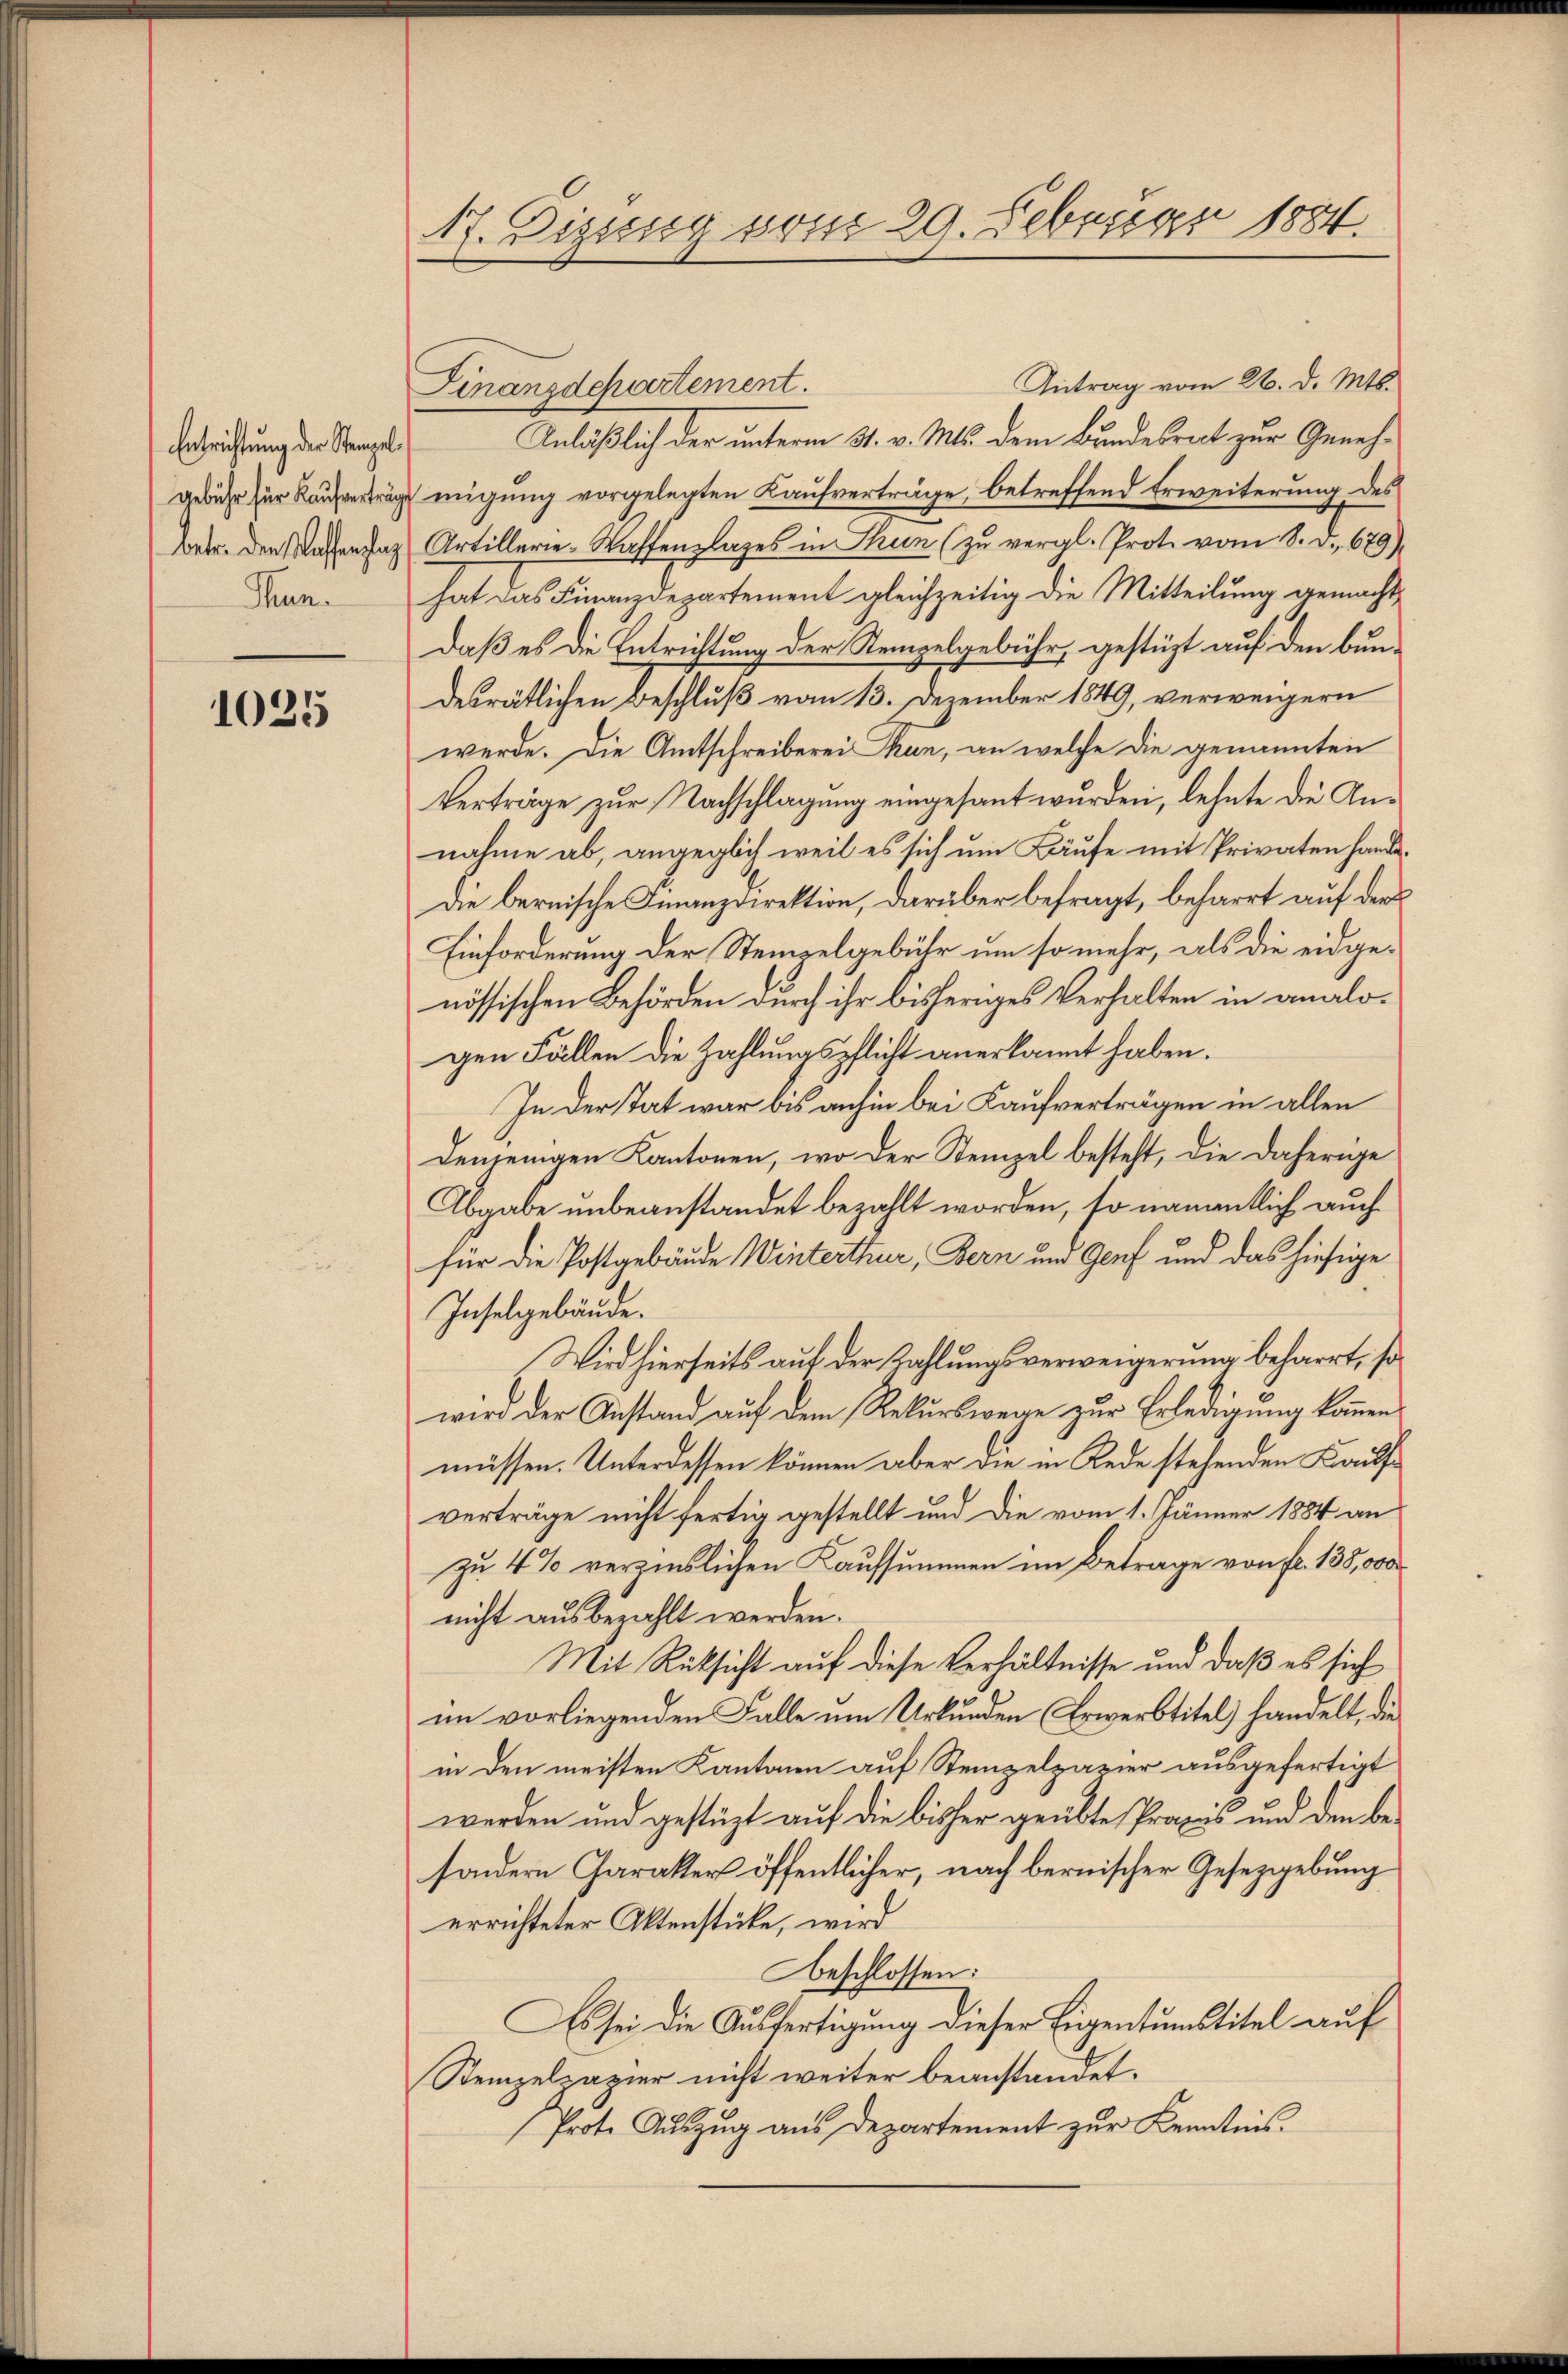
Entrichtung der Stempel
gebühr für Kaufverträg
betr. den Kaffenpla
Thun.

1025

17. Dizung vom 29. Februar 1884.

Antrag vom 26. d. Mts.
Anläßlich der unterm 31. v. Mts. dem Bundesrat zur Genehmigung vorgelegten Kaufverträge, betreffend Erweiterung des
Artillerie-Waffenlages in Thun (zŭ vergl. Prot. vom 8. d. 679)
hat das Finanzdepartement gleichzeitig die Mitteilung gemacht
daß es die Entrichtung der Stempelgebühr, gestüzt auf den bundesrätlichen Beschluß vom 13. Dezember 1849, verweigern
werde. Die Amtschreiberei Thun, an welche die genannten
Verträge zur Nachschlagung eingesant wurden, lehnte die Annahme ab, angeglich weil es sich um Käufe mit Privaten hande¬
Die bernische Finanzdirektion, darüber befragt, beharrt auf der
Einforderung der Stempelgebühr um so mehr, als die eidgenössischen Behörden durch ihr bisheriges Verhalten in analogen Fällen die Zahlungspflicht anerkannt haben.
In der Tat war bis anhin bei Kaufverträgen in allen
denjenigen Kantonen, wo der Stempel besteht, die daherige
Abgabe unbeanstandet bezahlt worden, so namentlich auch
für die Postgebäude Winterthur, Bern und Genf und das hiesige
Inselgebäude.
Wird hierseits auf der Zahlungsverweigerung beharrt, so
wird der Anstand auf dem Rekurswege zur Erledigung kommen,
müssen. Unterdessen können aber die in Rede stehenden Kaufverträge nicht fertig gestellt und die vom 1. Jänner 1884 an
zu 4% verzinslichen Kaufsummen im Betrage von fr. 138,000
nicht ausbezahlt werden.
Mit Rücksicht auf diese Verhältnisse und daß es sich
im vorliegenden Falle um Urkunden Erwerbstitel) handelt, die
in den meisten Kantonen auf Stempelpavier ausgefertigt
werden und gestüzt auf die bisher geübte Praxis und den besondern Charakter öffentlicher, nach bernischer Gesetzgebung
errichteter Aktenstücke, wird
beschlossen:
Es sei die Ausfertigung dieser Eigentumstitel auf
Stempelpapier nicht weiter beanstandet.
/Prote Auszug aus Departement zur Kenntnis.

Finanzdepartement.